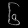
Digit: ၆